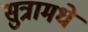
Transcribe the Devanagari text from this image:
सुत्रामधे